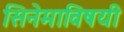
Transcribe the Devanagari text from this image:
सिनेमाविषयी